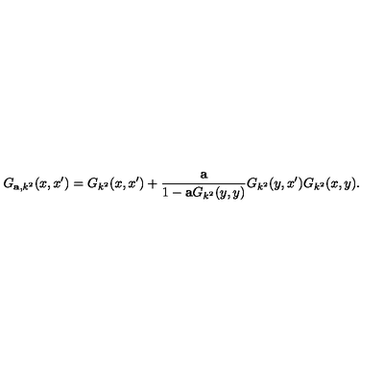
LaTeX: G _ { { \bf a } , k ^ { 2 } } ( x , x ^ { \prime } ) = G _ { k ^ { 2 } } ( x , x ^ { \prime } ) + { \frac { \bf a } { 1 - { \bf a } G _ { k ^ { 2 } } ( y , y ) } } G _ { k ^ { 2 } } ( y , x ^ { \prime } ) G _ { k ^ { 2 } } ( x , y ) .